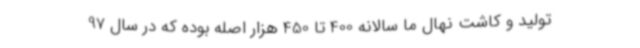
تولید و کاشت نهال ما سالانه 400 تا 450 هزار اصله بوده که در سال 97